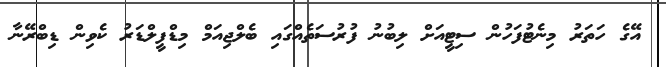
އޭގެ ހަތަރު މިނެޓުފަހުން ސިޓީއަށް ލިބުނު ފުރުސަތެއްގައި ބެލްޖިއަމް މިޑްފީލްޑަރު ކެވިން ޑިބްރޭނާ